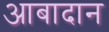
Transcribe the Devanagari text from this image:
आबादान